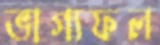
ভাগ্যফল